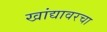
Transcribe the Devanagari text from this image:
खांद्यावरचा